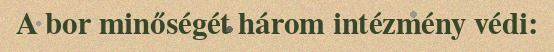
A bor minőségét három intézmény védi: